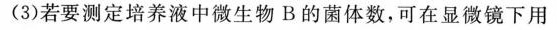
(3)若要测定培养液中微生物B的菌体数，可在显微镜下用